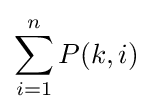
\sum _{i=1}^{n}P(k,i)